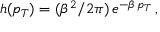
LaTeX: h ( p _ { T } ) = ( \beta ^ { 2 } / 2 \pi ) \, e ^ { - \beta \, p _ { T } } \, ,